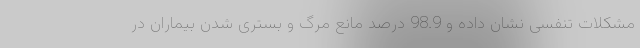
مشکلات تنفسی نشان داده و 98.9 درصد مانع مرگ و بستری شدن بیماران در